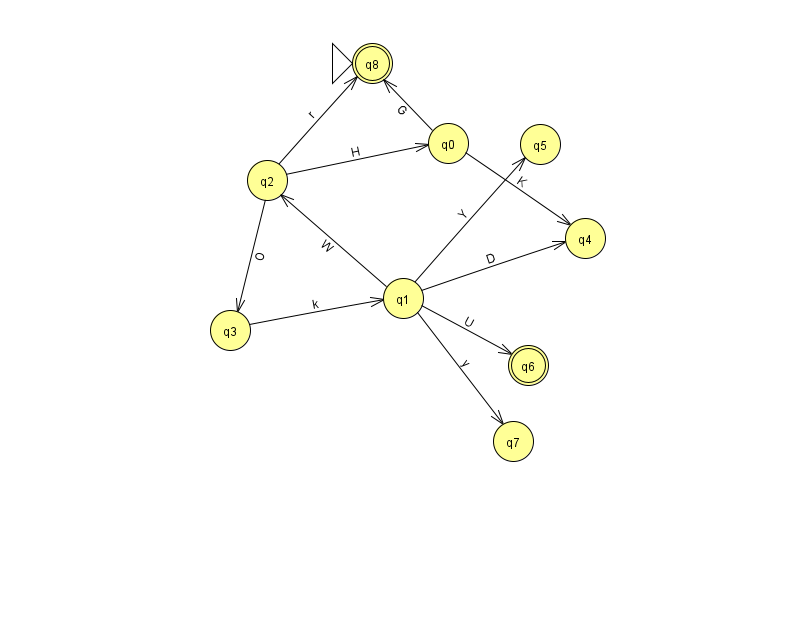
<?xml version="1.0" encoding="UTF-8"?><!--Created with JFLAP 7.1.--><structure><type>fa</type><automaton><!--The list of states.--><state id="0" name="q0"><x>448.0</x><y>130.0</y></state><state id="1" name="q1"><x>403.0</x><y>285.0</y></state><state id="2" name="q2"><x>267.0</x><y>167.0</y></state><state id="3" name="q3"><x>230.0</x><y>317.0</y></state><state id="4" name="q4"><x>585.0</x><y>225.0</y></state><state id="5" name="q5"><x>540.0</x><y>131.0</y></state><state id="6" name="q6"><x>528.0</x><y>352.0</y><final/></state><state id="7" name="q7"><x>513.0</x><y>428.0</y></state><state id="8" name="q8"><x>372.0</x><y>50.0</y><initial/><final/></state><!--The list of transitions.--><transition><from>0</from><to>8</to><read>G</read></transition><transition><from>2</from><to>3</to><read>O</read></transition><transition><from>2</from><to>8</to><read>r</read></transition><transition><from>1</from><to>6</to><read>U</read></transition><transition><from>1</from><to>2</to><read>W</read></transition><transition><from>2</from><to>0</to><read>H</read></transition><transition><from>1</from><to>7</to><read>y</read></transition><transition><from>3</from><to>1</to><read>k</read></transition><transition><from>1</from><to>5</to><read>Y</read></transition><transition><from>0</from><to>4</to><read>K</read></transition><transition><from>1</from><to>4</to><read>D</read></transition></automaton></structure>